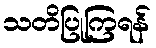
သတိပြုကြရန်